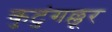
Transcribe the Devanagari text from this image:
कुटुंगल्लूर